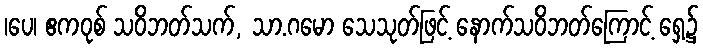
၊ပေ၊ ဧကဝုစ် သဝိဘတ်သက်, သာ.ဂမော သေသုတ်ဖြင့် နောက်သဝိဘတ်ကြောင့် ရှေ့၌